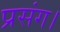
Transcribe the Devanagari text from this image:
प्रसंग।